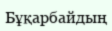
Бұқарбайдың